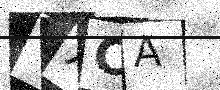
Text: VXCA